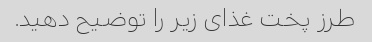
طرز پخت غذای زیر را توضیح دهید.